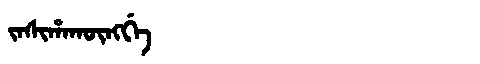
Manchu: ᠵᠠᠰᡳᡥᠠᡴᡡᠩᡤᡝ
Romanization: JASIHAKŪNGGE